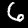
Label: 6